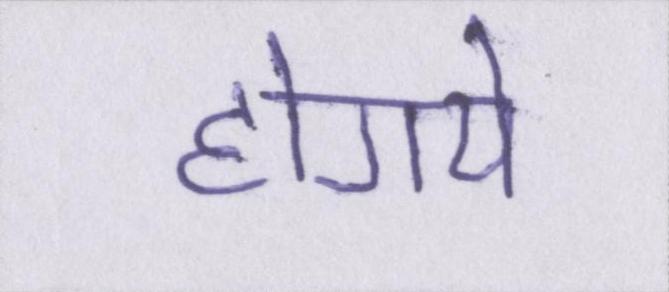
होगये